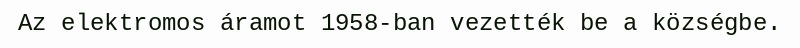
Az elektromos áramot 1958-ban vezették be a községbe.